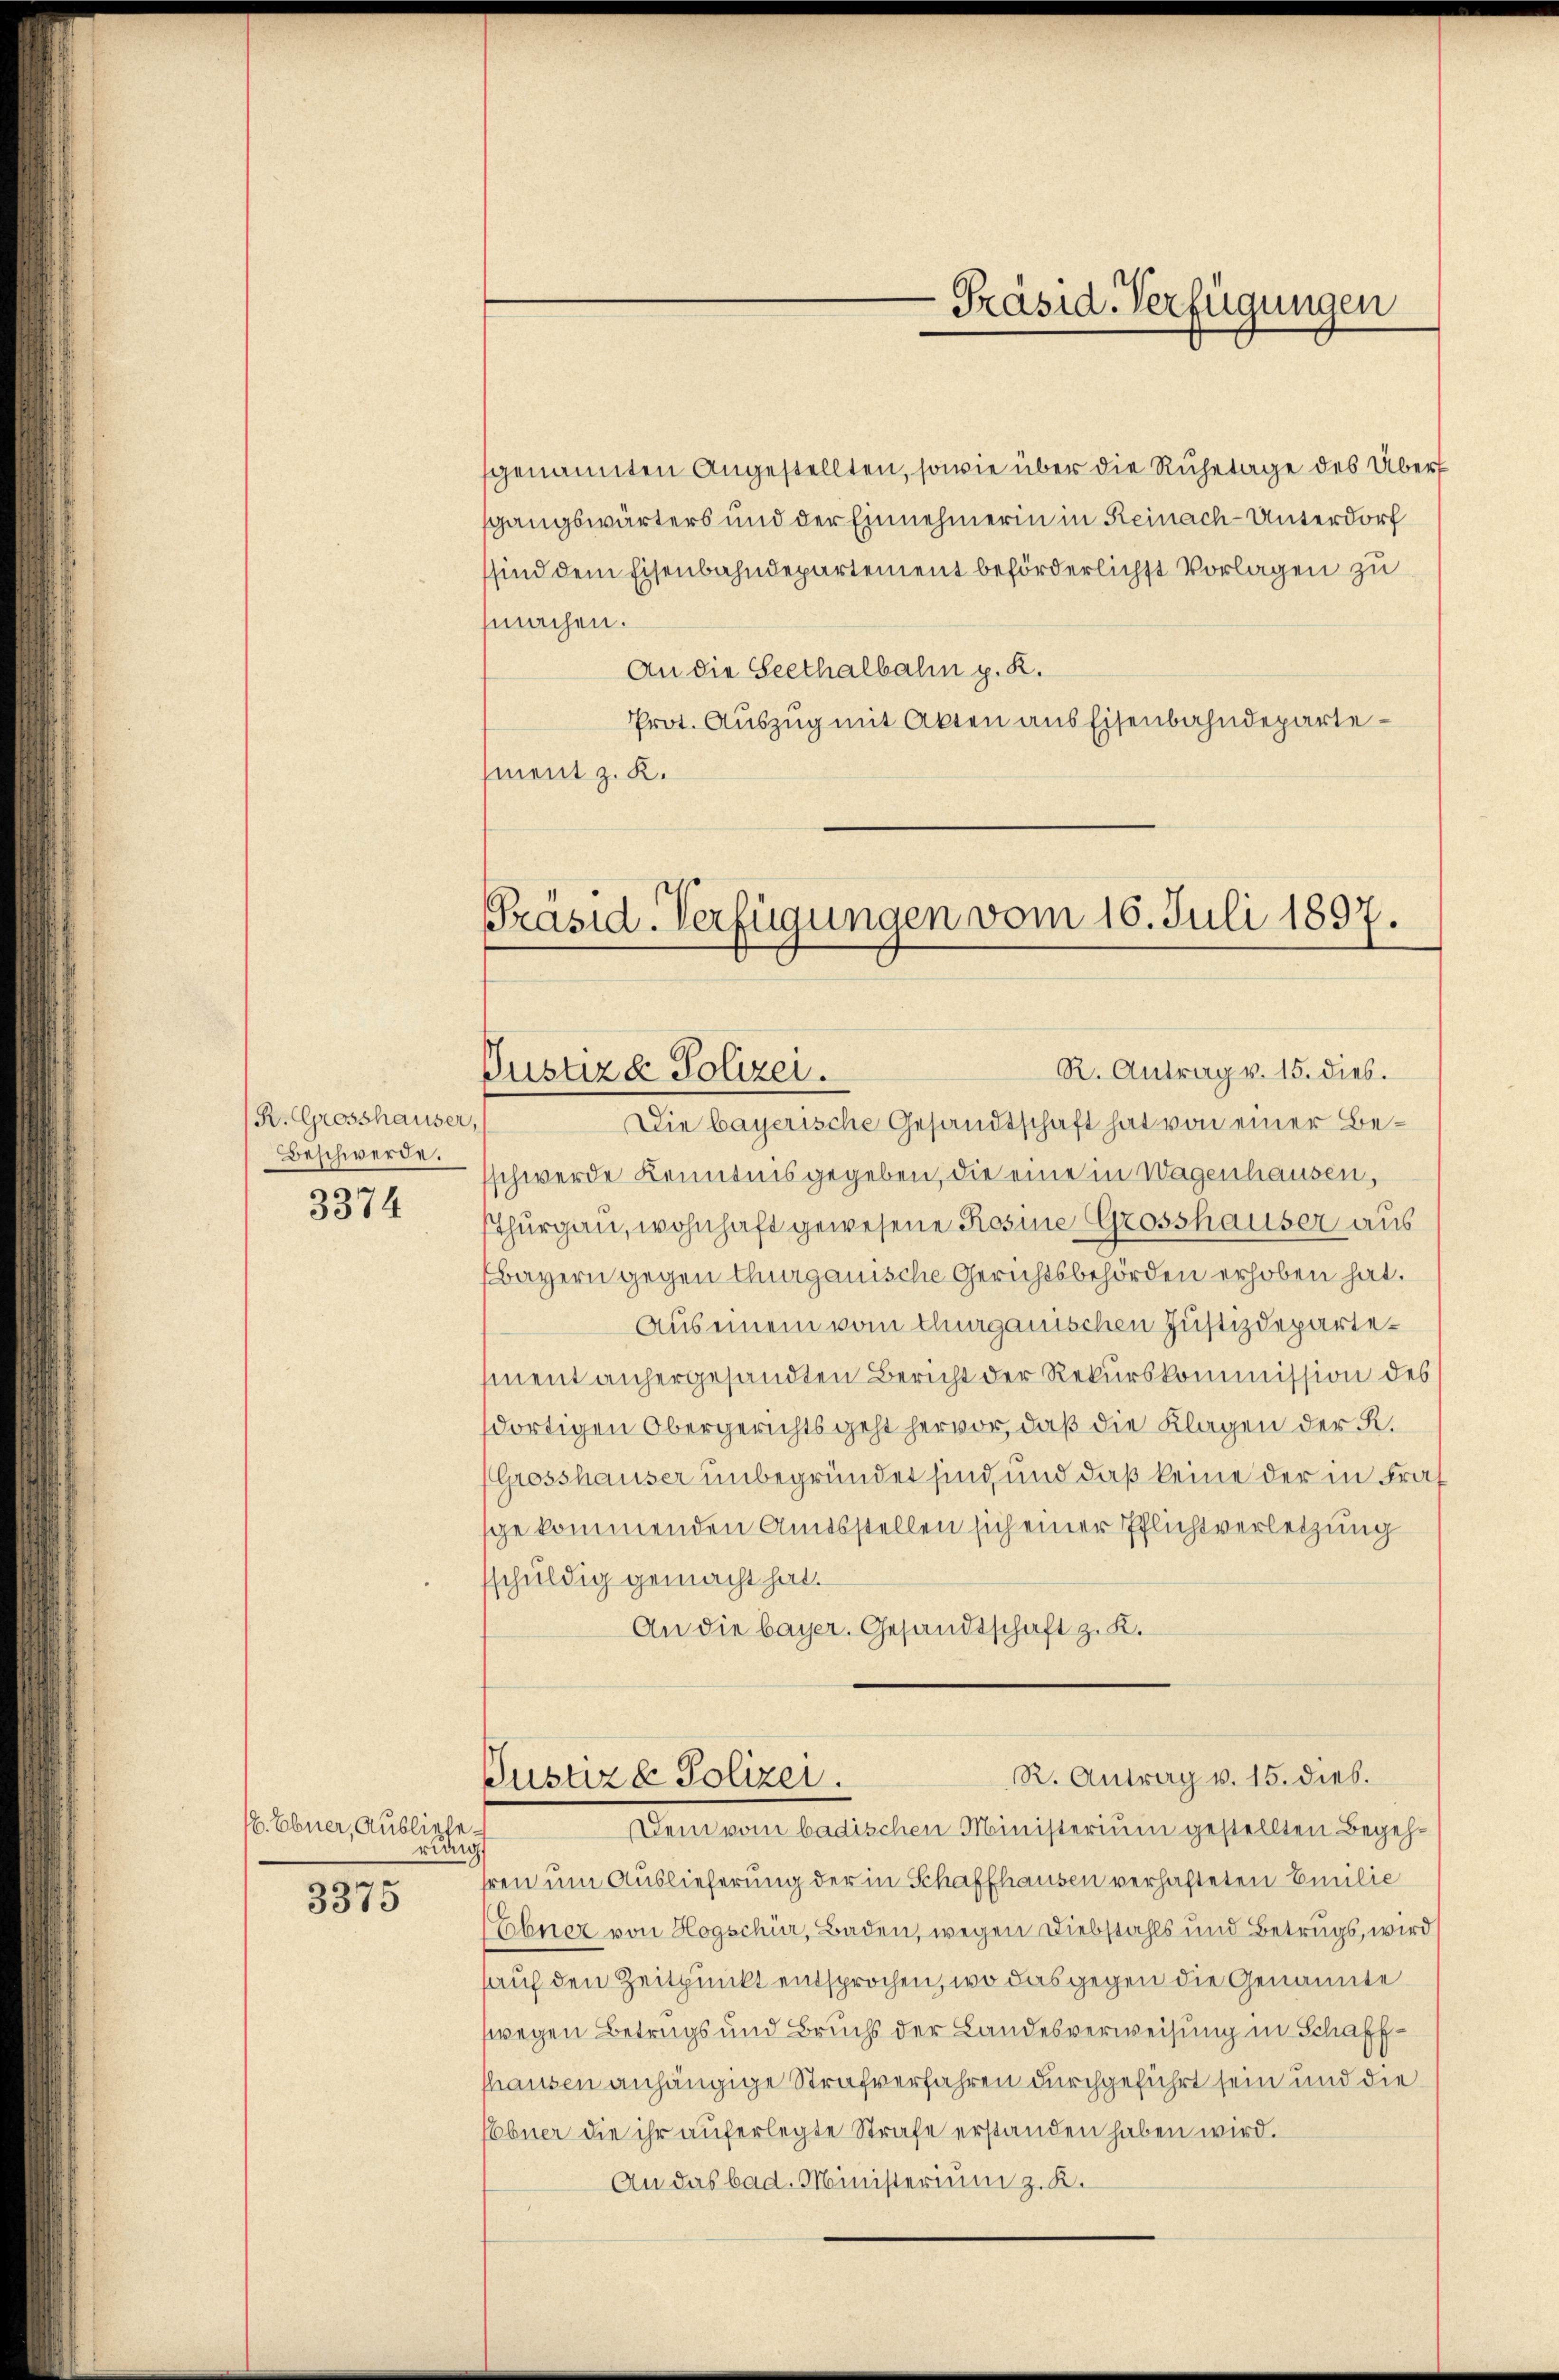
R. Grosshauser,
Beschwerde.
3374

H Ebner, Ausliefe.
rung

3375

genannten Angestellten, sowie über die Ruhetage des Überf
sgangswärters und der Einnehmerin in Reinach-Unterdorf
sind dem Eisenbahndepartement beförderlichst Vorlagen zu
machen.
An die Seethalbahn p. R.
Prot. Auszug mit Akten aus Eisenbahndepartement z. K.

Die bayerische Gesandtschaft hat von einer Beschwerde Kenntnis gegeben, die eine in Wagenhausen,
sthurgau, wohnhaft gewesene Rosine Grosshauser aus
bayern gegen thurgauische Gerichtsbehörden erhoben hat.
Aus einem vom churgauischen Justizdepartement anhergesandten Bericht der Rekurskommission des
dortigen Obergerichts geht hervor, daß die Klagen der K.
Grosshauser unbegründet sind, und daß keine der in Frasge kommenden Amtsstellen sich einer Pflichtverletzung
schuldig gemacht hat.
An die bayer. Gesandtschaft z. K.

Präsid. Verfügungen

Präsid. Verfügungen vom 16. Juli 1897.
R. Antrag v. 15. dies.
Pustiza Polizei.

R. Antrag v. 15. dies.
Pustiz- Polizer.
Dein vom badischen Ministerium gestellten Begeh¬

hren um Auslieferung der in Schaffhausen verhafteten Emilie
Ebner von Hogschür, Baden, wegen Diebstahls und Betrugs, wird
auf den Zeitpunkt entsprochen, wo das gegen die Genannte
swegen Betrugs und Bruchs der Landesverweisung in Schaffshausen anhängige Strafverfahren durchgeführt sein und die
Ebner die ihr auferlegte Strafe erstanden haben wird.
An das bad. Ministerium z. K.